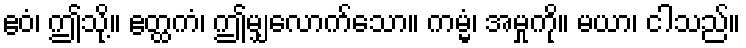
ဧဝံ၊ ဤသို့။ ဧတ္ထကံ၊ ဤမျှလောက်သော။ ကမ္မံ၊ အမှုကို။ မယာ၊ ငါသည်။